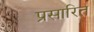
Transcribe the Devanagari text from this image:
प्रसारित